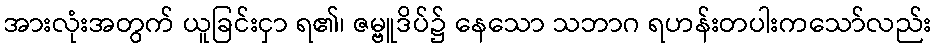
အားလုံးအတွက် ယူခြင်းငှာ ရ၏၊ ဇမ္ဗူဒိပ်၌ နေသော သဘာဂ ရဟန်းတပါးကသော်လည်း